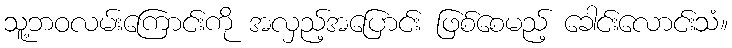
သူ့ဘဝလမ်းကြောင်းကို အလှည့်အပြောင်း ဖြစ်စေမည့် ခေါင်းလောင်းသံ။